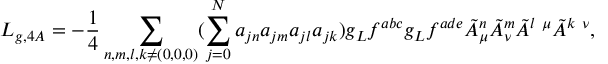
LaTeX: { \cal L } _ { g , 4 A } = - \frac { 1 } { 4 } \sum _ { n , m , l , k \neq ( 0 , 0 , 0 ) } ( \sum _ { j = 0 } ^ { N } a _ { j n } a _ { j m } a _ { j l } a _ { j k } ) g _ { L } f ^ { a b c } g _ { L } f ^ { a d e } \tilde { A } _ { \mu } ^ { n } \tilde { A } _ { \nu } ^ { m } \tilde { A } ^ { l ~ \mu } \tilde { A } ^ { k ~ \nu } ,